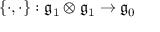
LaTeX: \{ \cdot , \cdot \} : { \mathfrak { g } } _ { 1 } \otimes { \mathfrak { g } } _ { 1 } \rightarrow { \mathfrak { g } } _ { 0 }